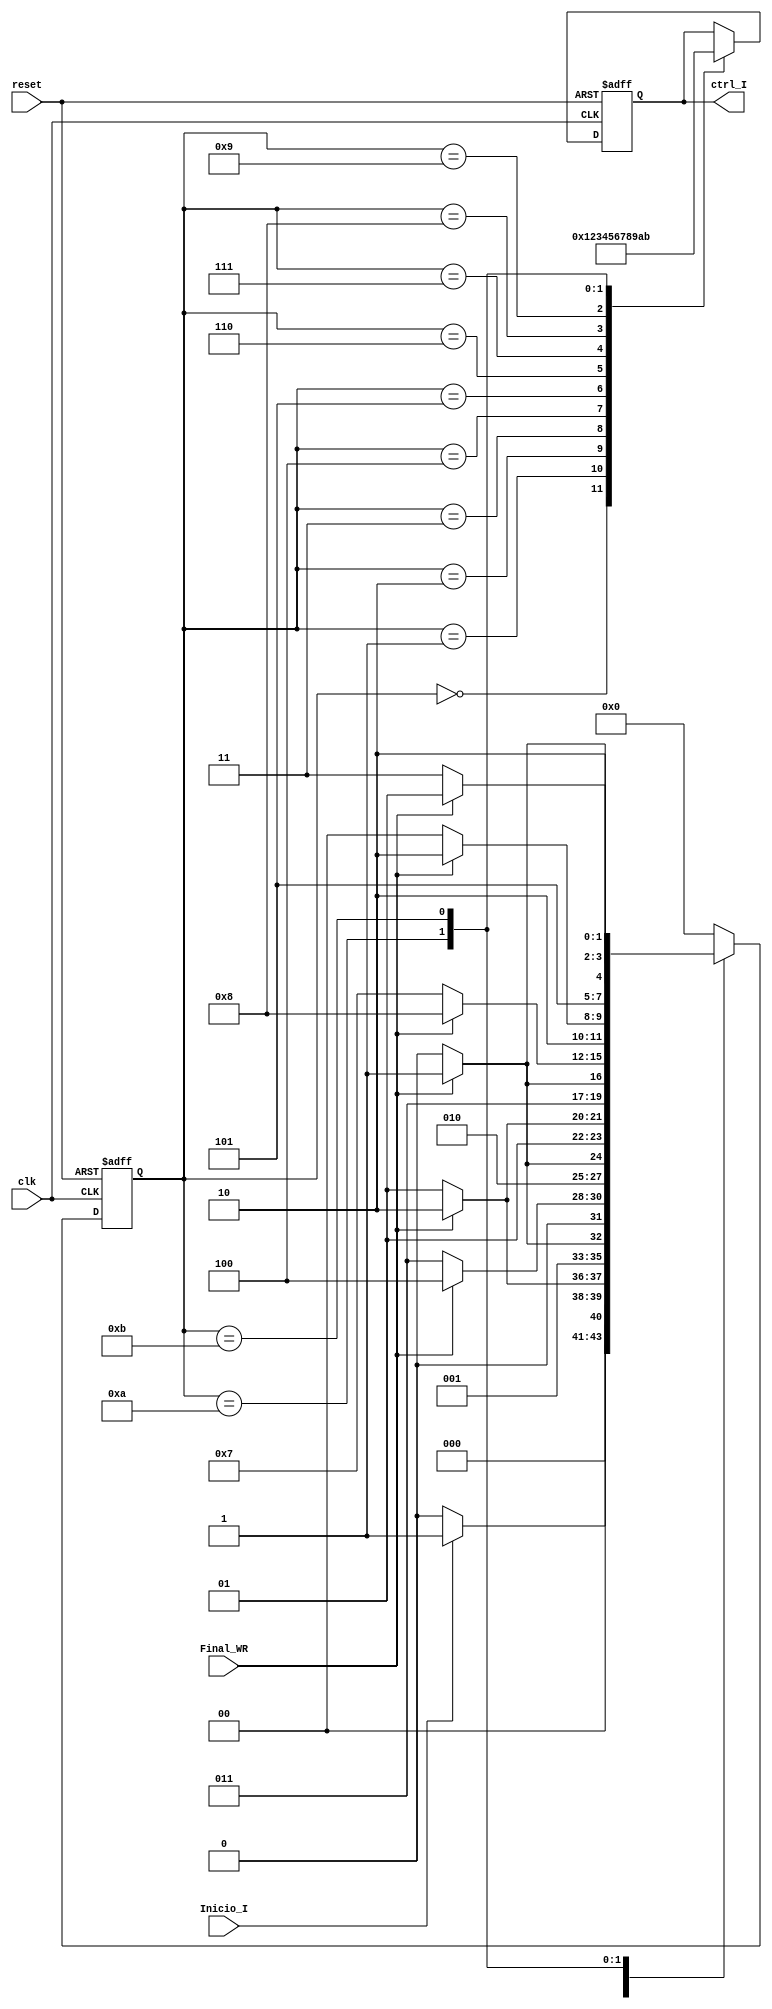
`timescale 1ns / 1ps
//////////////////////////////////////////////////////////////////////////////////
// Company: 
// 
// Design Name: 
// Module Name:    FMS_Inicializar 
// Project Name: 
// Target Devices: 
// Tool versions: 
// Description: 
//
// Dependencies: 
//
// Revision: 
// Revision 0.01 - File Created
// Additional Comments: 
//
//////////////////////////////////////////////////////////////////////////////////
module FMS_Inicializar(
	input wire Inicio_I,clk,reset,Final_WR,
	output wire [3:0] ctrl_I
    );
	reg [3:0] control_A,control_N;
	reg [3:0] Est_Actual,Est_Sig;
	localparam [3:0] a=4'b0000,b=4'b0001,c=4'b0010,d=4'b0011,e=4'b0100,f=4'b0101,g=4'b0110,h=4'b0111,i=4'b1000,j=4'b1001,k=4'b1010,l=4'b1011;
	 
always @ (posedge clk, posedge reset)
	begin 
		if (reset)
			begin
			Est_Actual=4'b0;
			control_A=4'b0;
			end
		else
			begin
			Est_Actual=Est_Sig;
			control_A=control_N;
			end
	end 

always @* 
	begin
	Est_Sig=Est_Actual;
	control_N=control_A;
	case(Est_Actual)
			a:
			begin
			   control_N=4'b0000;
				if (Inicio_I)
					begin
					Est_Sig=b;
					end
				else
					begin
					Est_Sig=a;
					end 
			end 
			
			b:
			begin 
				control_N=4'b0001;
				if (Final_WR)
					begin
					Est_Sig=c;
					end
				else
					begin
					Est_Sig=b;
					end
			end
			c:
			begin 
				control_N=4'b0010;
				if (Final_WR)
					begin
					Est_Sig=d;
					end
				else
					begin
					Est_Sig=c;
					end
			end
			
			d:
			begin 
				control_N=4'b0011;
				if (Final_WR)
					begin
					Est_Sig=e;
					end
				else
					begin
					Est_Sig=d;
					end
			end
			
			e:
			begin 
				control_N=4'b0100;
				if (Final_WR)
					begin
					Est_Sig=f;
					end
				else
					begin
					Est_Sig=e;
					end
			end
					
			f:
			begin 
				control_N=4'b0101;
				if (Final_WR)
					begin
					Est_Sig=g;
					end
				else
					begin
					Est_Sig=f;
					end
			end
			
			g:
			begin 
				control_N=4'b0110;
				if (Final_WR)
					begin
					Est_Sig=h;
					end
				else
					begin
					Est_Sig=g;
					end
			end
			
			h:
			begin
				control_N=4'b0111;
				if (Final_WR)
					begin
					Est_Sig=i;
					end
				else
					begin
					Est_Sig=h;
					end
			end
			
			i:
			begin 
				control_N=4'b1000;
				if (Final_WR)
					begin
					Est_Sig=k;
					end
				else
					begin
					Est_Sig=i;
					end
			end
			
			j:
			begin 
				control_N=4'b1001;
				Est_Sig=a;
			end
			
			k:
			begin
				control_N=4'b1010;
				if (Final_WR)
					begin
					Est_Sig=l;
					end
				else
					begin
					Est_Sig=k;
					end
			end
			
			l:
			begin 
				control_N=4'b1011;
				if (Final_WR)
					begin
					Est_Sig=j;
					end
				else
					begin
					Est_Sig=l;
					end
			end
			
			default:Est_Sig=a;
			endcase
		
		end
				
assign ctrl_I = control_A;


endmodule